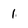
Character: 1